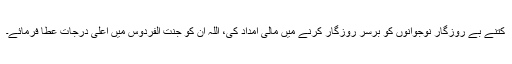
کتنے بے روزگار نوجوانوں کو برسر روزگار کرنے میں مالی امداد کی، اللہ ان کو جنت الفردوس میں اعلیٰ درجات عطا فرمائے۔